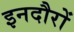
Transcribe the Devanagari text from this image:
इनदौरों